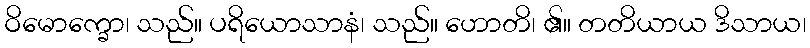
ဝိမောက္ခော၊ သည်။ ပရိယောသာနံ၊ သည်။ ဟောတိ၊ ၏။ တတိယာယ ဒိသာယ၊